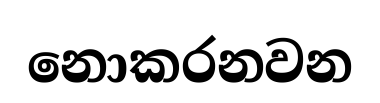
නොකරනවන